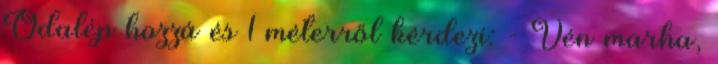
Odalép hozzá és 1 méterről kérdezi: - Vén marha,